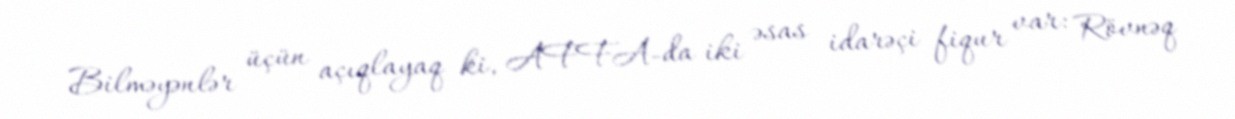
Bilməyənlər üçün açıqlayaq ki, AFFA-da iki əsas idarəçi fiqur var: Rövnəq